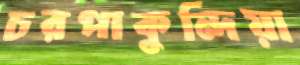
চরপাকুন্দিয়া